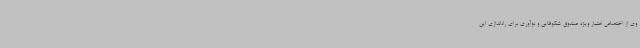
وی از اختصاص اعتبار ویژه صندوق شکوفایی و نوآوری برای راه‌اندازی این